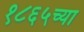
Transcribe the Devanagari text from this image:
१८६५च्या